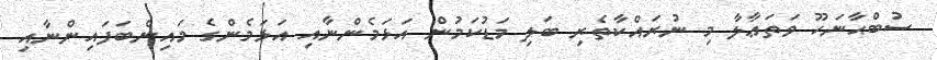
ސުބްޙާނަހޫ ވަތަޢާލާ މި ނުރައްކާތެރި ބަލި މަޑުކަމުން އަޅަމެންނާއި އަޅަމެންގެ މައިންބަފައިންނާއި